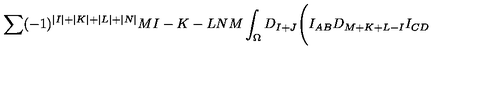
\sum ( - 1 ) ^ { \vert I \vert + \vert K \vert + \vert L \vert + \vert N \vert } { \binom { M } { I - K - L } } { \binom { N } { M } } \int _ { \Omega } D _ { I + J } \Biggl ( I _ { A B } D _ { M + K + L - I } I _ { C D }